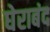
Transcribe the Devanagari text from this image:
घेराबंद